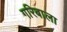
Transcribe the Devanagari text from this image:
गरिबाला